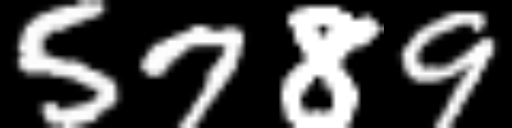
Text: 5789